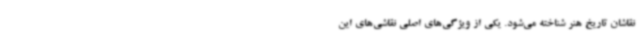
نقاشان تاریخ هنر شناخته می‌شود. یکی از ویژگی‌های اصلی نقاشی‌های این